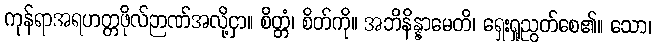
ကုန်ရာအရဟတ္တဖိုလ်ဉာဏ်အလို့ငှာ။ စိတ္တံ၊ စိတ်ကို။ အဘိနိန္နာမေတိ၊ ရှေးရှုညွတ်စေ၏။ သော၊